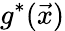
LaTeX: g^{\ast}(\vec{x})